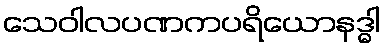
သေဝါလပဏကပရိယောနဒ္ဓါ